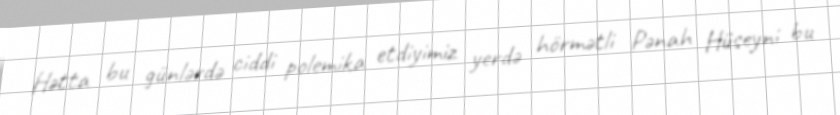
Hətta bu günlərdə ciddi polemika etdiyimiz yerdə hörmətli Pənah Hüseyni bu